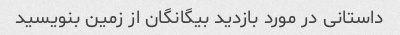
داستانی در مورد بازدید بیگانگان از زمین بنویسید